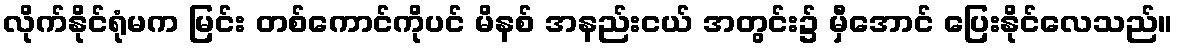
လိုက်နိုင်ရုံမက မြင်း တစ်ကောင်ကိုပင် မိနစ် အနည်းငယ် အတွင်း၌ မှီအောင် ပြေးနိုင်လေသည်။